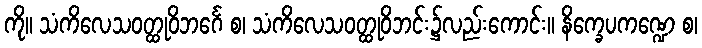
ကို။ သံကိလေသဝတ္ထုဝိဘင်္ဂေ စ၊ သံကိလေသဝတ္ထုဝိဘင်း၌လည်းကောင်း။ နိက္ခေပကဏ္ဍေ စ၊